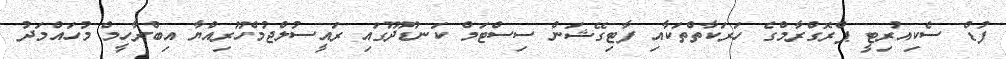
ފުޑް ސެކިއުރިޓީ ޕްރޮގްރާމްގެ ހަރަކާތްތަކާއި ފާޓިގޭޝަން ސިސްޓަމް ކަނޑޫދޫގައި ރައީސުލްޖުމްހޫރިއްޔާ އިބްރާހީމް މުހައްމަދު